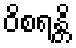
ဝိစရန္တိ